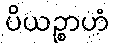
ပိယဉ္စာဟံ